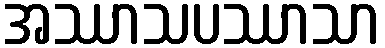
အဿာသပဿာသာ